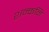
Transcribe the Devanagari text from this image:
शन्कनि